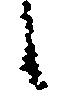
候